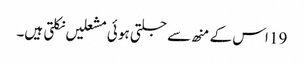
19 اس کے منھ سے جلتی ہو ئی مشعلیں نکلتی ہیں۔